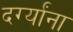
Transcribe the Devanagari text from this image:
दर्ग्यांना